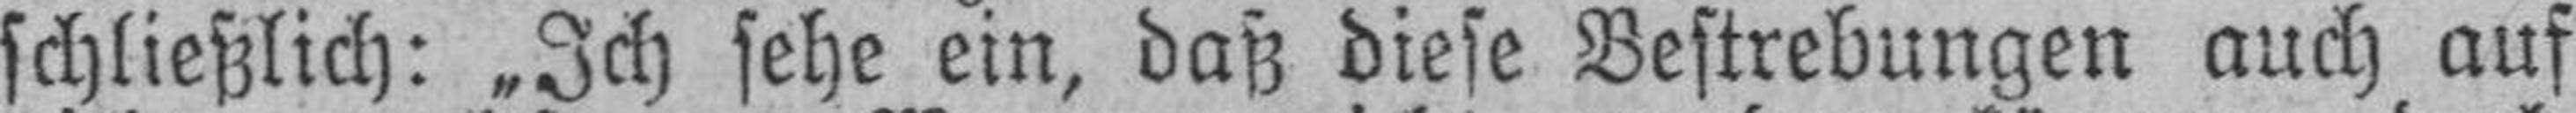
schließlich: „Ich sehe ein, daß diese Bestrebungen auch auf